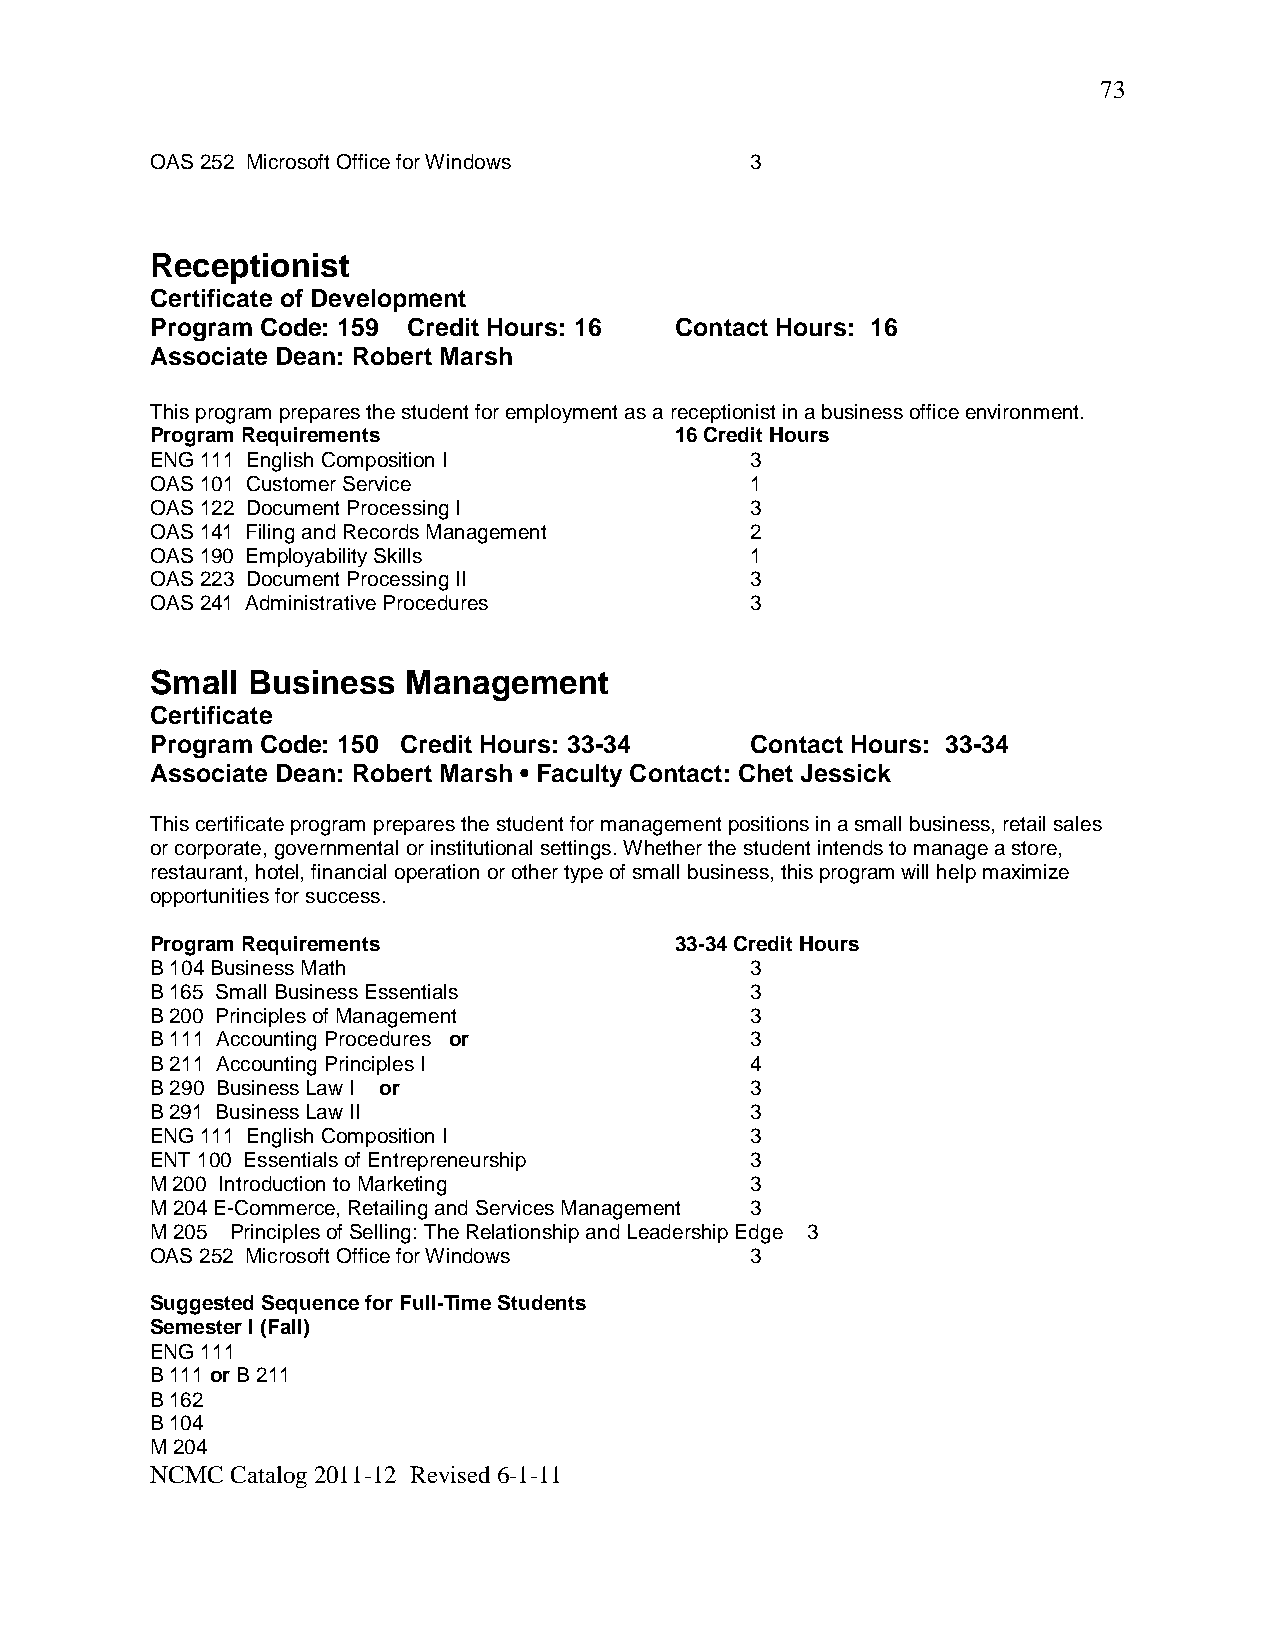
73
 OAS 252 Microsoft Office for Windows    3
 Receptionist
 Certificate of Development
 Program Code: 159 Credit Hours: 16 Contact Hours: 16
 Associate Dean: Robert Marsh
 This program prepares the student for employment as a receptionist in a business office environment.
 Program Requirements               16 Credit Hours
 ENG 111 English Composition I           3
 OAS 101 Customer Service                1
 OAS 122 Document Processing I           3
 OAS 141 Filing and Records Management   2
 OAS 190 Employability Skills            1
 OAS 223 Document Processing II          3
 OAS 241 Administrative Procedures       3
 Small Business   Management
 Certificate
 Program Code: 150 Credit Hours: 33-34   Contact Hours: 33-34
 Associate Dean: Robert Marsh • Faculty Contact: Chet Jessick
 This certificate program prepares the student for management positions in a small business, retail sales
 or corporate, governmental or institutional settings. Whether the student intends to manage a store,
 restaurant, hotel, financial operation or other type of small business, this program will help maximize
 opportunities for success.
 Program Requirements               33-34 Credit Hours
 B 104 Business Math                     3
 B 165 Small Business Essentials         3
 B 200 Principles of Management          3
 B 111 Accounting Procedures or          3
 B 211 Accounting Principles I           4
 B 290 Business Law I or                 3
 B 291 Business Law II                   3
 ENG 111 English Composition I           3
 ENT 100 Essentials of Entrepreneurship  3
 M 200 Introduction to Marketing         3
 M 204 E-Commerce, Retailing and Services Management 3
 M 205 Principles of Selling: The Relationship and Leadership Edge 3
 OAS 252 Microsoft Office for Windows    3
 Suggested Sequence for Full-Time Students
 Semester I (Fall)
 ENG 111
 B 111 or B 211
 B 162
 B 104
 M 204
 NCMC Catalog 2011-12 Revised 6-1-11